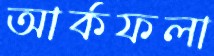
আর্কফলা